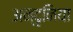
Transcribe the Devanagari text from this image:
अन्दृनिया